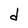
Character: d